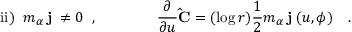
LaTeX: \mathrm { i i } ) \; \; m _ { \alpha } \, { \bf j ^ { \alpha } } \ne 0 \; \; , \qquad \qquad \frac { \partial } { \partial u } { \bf { \hat { C } } } = ( \log r ) \frac { 1 } { 2 } m _ { \alpha } \, { \bf j ^ { \alpha } } ( u , \phi ) \quad . \qquad \qquad \qquad \qquad